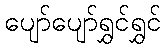
ပျော်ပျော်ရွှင်ရွှင်